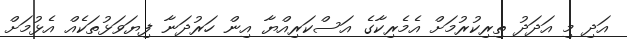
އަދި މި އަދަދު ތިރިކުރުމަށް އެމެރިކާގެ އަސްކަރިއްޔާ އިން ހަރުދަނާ ފިޔަވަޅުތަކެއް އެޅުމަށް